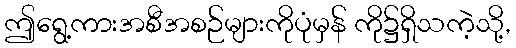
ဤရွေ့ကားအစီအစဉ်များကိုပုံမှန် ကို၌ရှိသကဲ့သို့,